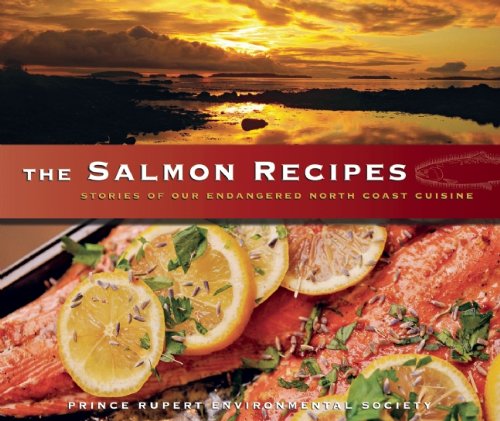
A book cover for The Salmon Recipes: Stories of Our Endangered North Coast Cuisine; Cookbooks, Food & Wine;